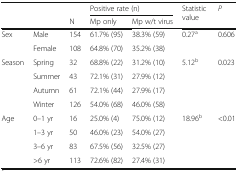
|  |  |  | <COLSPAN=2> Positive rate (n) | <ROWSPAN=2> Statistic value | <ROWSPAN=2> P |
 |  |  | N | Mp only | Mp w/t virus |
 | --- | --- | --- | --- | --- | --- | --- |
 | <ROWSPAN=2> Sex | Male | 154 | 61.7% (95) | 38.3% (59) | <ROWSPAN=2> 0.27a | <ROWSPAN=2> 0.606 |
 | Female | 108 | 64.8% (70) | 35.2% (38) |
 | <ROWSPAN=4> Season | Spring | 32 | 68.8% (22) | 31.2% (10) | <ROWSPAN=4> 5.12b | <ROWSPAN=4> 0.023 |
 | Summer | 43 | 72.1% (31) | 27.9% (12) |
 | Autumn | 61 | 72.1% (44) | 27.9% (17) |
 | Winter | 126 | 54.0% (68) | 46.0% (58) |
 | <ROWSPAN=4> Age | 0–1 yr | 16 | 25.0% (4) | 75.0% (12) | <ROWSPAN=4> 18.96b | <ROWSPAN=4> <0.01 |
 | 1–3 yr | 50 | 46.0% (23) | 54.0% (27) |
 | 3–6 yr | 83 | 67.5% (56) | 32.5% (27) |
 | >6 yr | 113 | 72.6% (82) | 27.4% (31) |